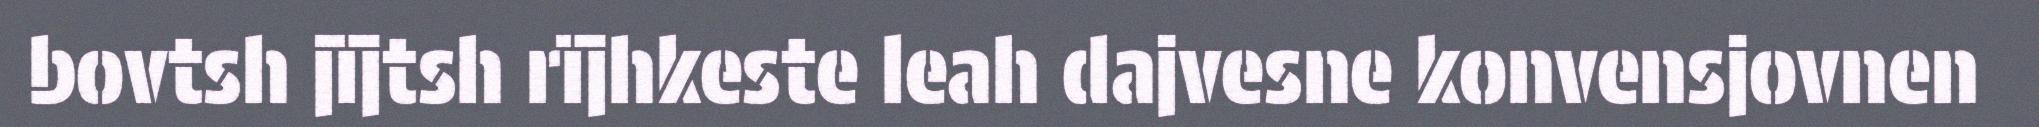
bovtsh jïjtsh rïjhkeste leah dajvesne konvensjovnen